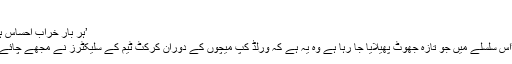
‘
’ہر بار خراب احساس ہوا اور غصہ آیا‘
انھوں نے لکھا ’اس سلسلے میں جو تازہ جھوٹ پھیلایا جا رہا ہے وہ یہ ہے کہ ورلڈ کپ میچوں کے دوران کرکٹ ٹیم کے سلیکٹرز نے مجھے چائے بنا کر دی تھی۔